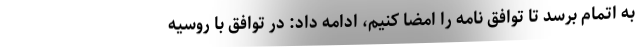
به اتمام برسد تا توافق نامه را امضا کنیم، ادامه داد: در توافق با روسیه